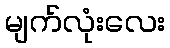
မျက်လုံးလေး